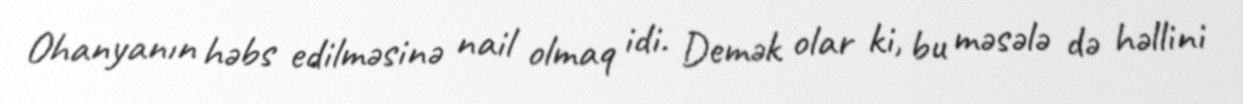
Ohanyanın həbs edilməsinə nail olmaq idi. Demək olar ki, bu məsələ də həllini